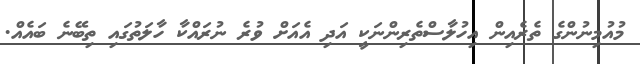
މުއުމިނުންގެ ތެރެއިން އިހުލާސްތެރިންނަކީ އަދި އެއަށް ވުރެ ނުރައްކާ ހާލަތުގައި ތިބޭނެ ބައެއް.